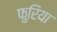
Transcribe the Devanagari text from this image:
फुरिया